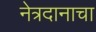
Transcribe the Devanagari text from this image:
नेत्रदानाचा